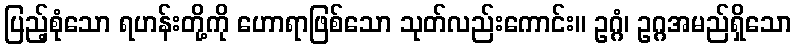
ပြည့်စုံသော ရဟန်းတို့ကို ဟောရာဖြစ်သော သုတ်လည်းကောင်း။ ဥဂ္ဂံ၊ ဥဂ္ဂအမည်ရှိသော